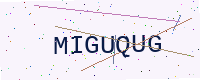
Text: MIGUQUG